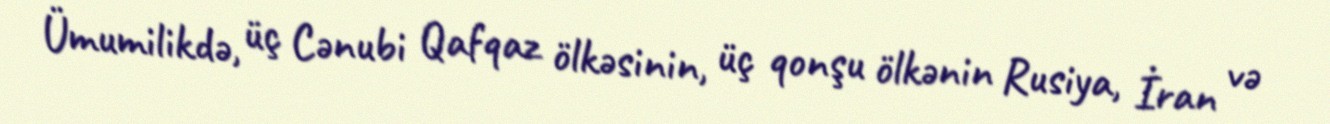
Ümumilikdə, üç Cənubi Qafqaz ölkəsinin, üç qonşu ölkənin Rusiya, İran və